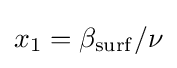
x_{1}=\beta _{\mathrm {surf} }/\nu \,\!